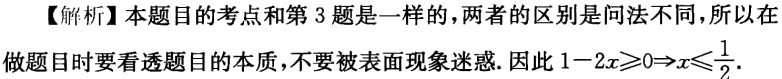
【解析】本题目的考点和第 3 题是一样的，两者的区别是问法不同，所以在做题目时要看透题目的本质，不要被表面现象迷惑. 因此 \(1 - 2x\geqslant0\Rightarrow x\leqslant\frac{1}{2}\).